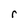
Character: r